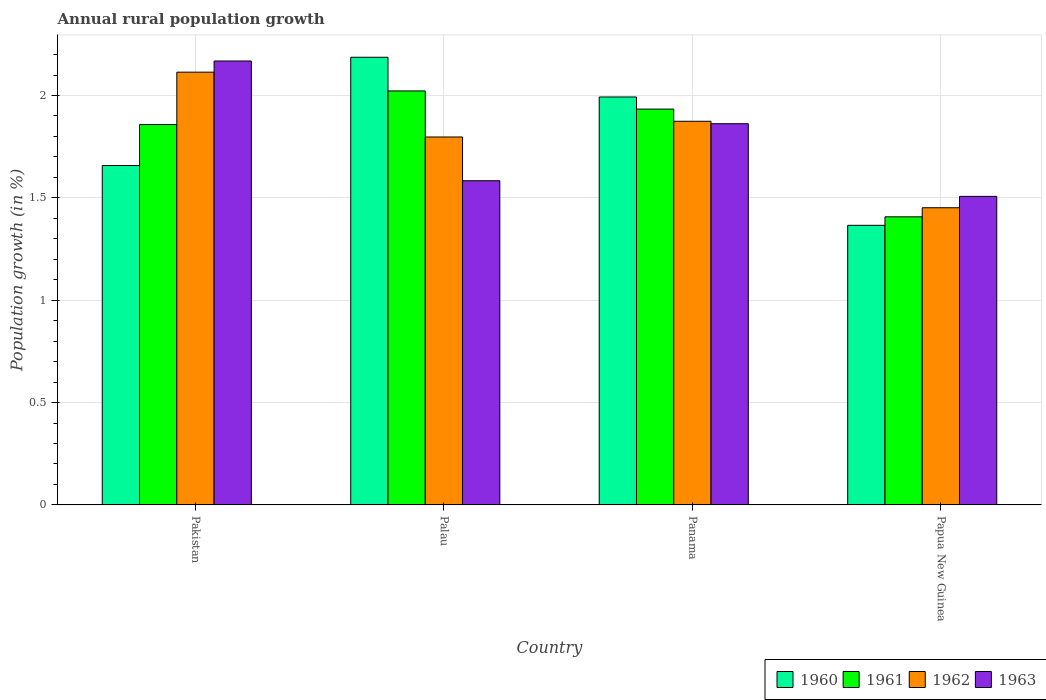
| Country | 1960 | 1961 | 1962 | 1963 |
 | --- | --- | --- | --- | --- |
 | Pakistan | 1.66 | 1.86 | 2.11 | 2.17 |
 | Palau | 2.19 | 2.02 | 1.8 | 1.58 |
 | Panama | 1.99 | 1.93 | 1.87 | 1.86 |
 | Papua New Guinea | 1.37 | 1.41 | 1.45 | 1.51 |